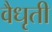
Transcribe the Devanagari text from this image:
वैधृती